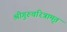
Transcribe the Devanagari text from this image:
श्रीगुरुचरित्रामृत